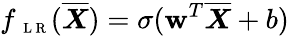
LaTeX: f_{\mathrm{~\scriptsize~L~R~}}(\overline{{\boldsymbol X}})=\sigma(\mathbf{w}^{T}\overline{{\boldsymbol X}}+b)